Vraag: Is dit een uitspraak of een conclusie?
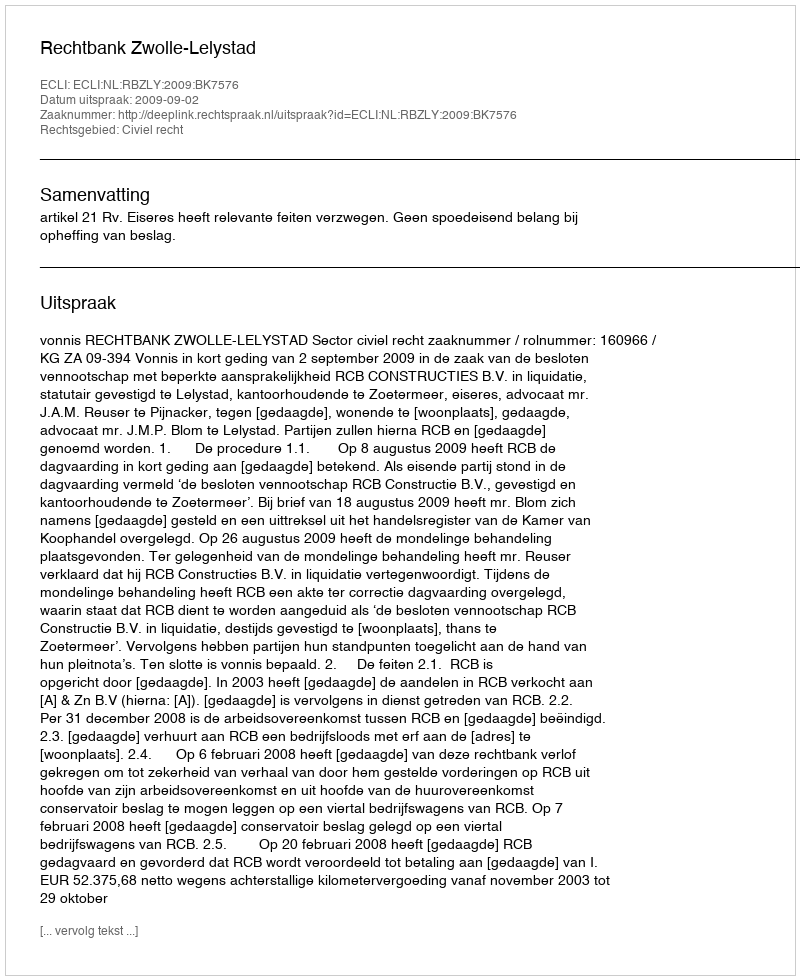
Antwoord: Uitspraak